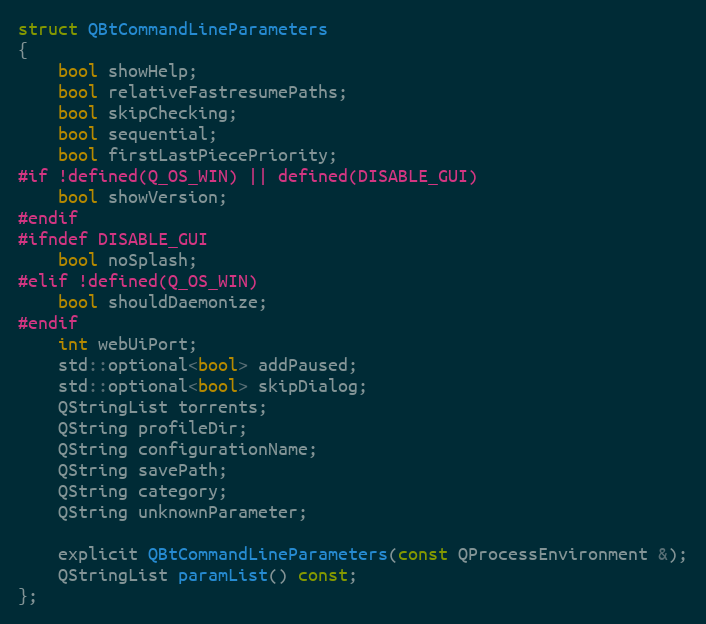
Language: C
struct QBtCommandLineParameters
{
    bool showHelp;
    bool relativeFastresumePaths;
    bool skipChecking;
    bool sequential;
    bool firstLastPiecePriority;
#if !defined(Q_OS_WIN) || defined(DISABLE_GUI)
    bool showVersion;
#endif
#ifndef DISABLE_GUI
    bool noSplash;
#elif !defined(Q_OS_WIN)
    bool shouldDaemonize;
#endif
    int webUiPort;
    std::optional<bool> addPaused;
    std::optional<bool> skipDialog;
    QStringList torrents;
    QString profileDir;
    QString configurationName;
    QString savePath;
    QString category;
    QString unknownParameter;

    explicit QBtCommandLineParameters(const QProcessEnvironment &);
    QStringList paramList() const;
};